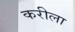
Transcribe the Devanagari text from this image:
करीला